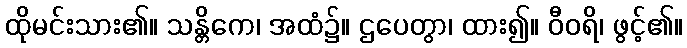
ထိုမင်းသား၏။ သန္တိကေ၊ အထံ၌။ ဌပေတွာ၊ ထား၍။ ဝီဝရိ၊ ဖွင့်၏။